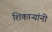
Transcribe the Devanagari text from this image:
शिकाऱ्यांनी